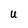
Character: U